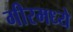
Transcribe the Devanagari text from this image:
गीरमध्ये